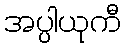
အပ္ပါယုကီ